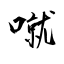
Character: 噈